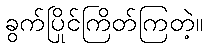
ခွက်ပြိုင်ကြိတ်ကြတဲ့။